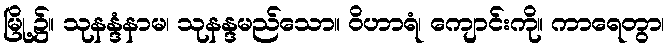
မြို့၌။ သုနန္ဒံနာမ၊ သုနန္ဒမည်သော။ ဝိဟာရံ၊ ကျောင်းကို။ ကာရေတွာ၊